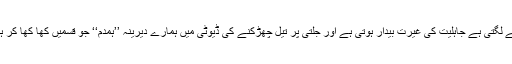
ایک دوسرے کے خلاف منفی جذبات ابھرتے ہیں، انتقام کی آگ بھڑکنے لگتی ہے جاہلیت کی غیرت بیدار ہوتی ہے اور جلتی پر تیل چھڑکنے کی ڈیوٹی میں ہمارے دیرینہ ’’ہمدم‘‘ جو قسمیں کھا کھا کر ہمیں اپنا ہمدرد باور کرانے کی کوشش کرتا ہے کبھی ناغہ نہیں کرتے۔